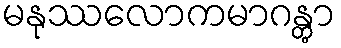
မနုဿလောကမာဂန္တွာ